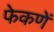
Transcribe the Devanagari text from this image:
फेकणें